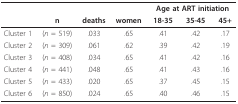
<table><thead><tr><td></td><td></td><td></td><td></td><td colspan="3"><b>Age at ART initiation</b></td></tr><tr><td></td><td><b>n</b></td><td><b>deaths</b></td><td><b>women</b></td><td><b>18-35</b></td><td><b>35-45</b></td><td><b>45+</b></td></tr></thead><tbody><tr><td>Cluster 1</td><td>(<i>n </i>= 519)</td><td>.033</td><td>.65</td><td>.41</td><td>.42</td><td>.17</td></tr><tr><td>Cluster 2</td><td>(<i>n </i>= 309)</td><td>.061</td><td>.62</td><td>.39</td><td>.42</td><td>.19</td></tr><tr><td>Cluster 3</td><td>(<i>n </i>= 408)</td><td>.034</td><td>.65</td><td>.41</td><td>.42</td><td>.16</td></tr><tr><td>Cluster 4</td><td>(<i>n </i>= 441)</td><td>.048</td><td>.65</td><td>.41</td><td>.43</td><td>.16</td></tr><tr><td>Cluster 5</td><td>(<i>n </i>= 433)</td><td>.020</td><td>.65</td><td>.37</td><td>.45</td><td>.15</td></tr><tr><td>Cluster 6</td><td>(<i>n </i>= 850)</td><td>.024</td><td>.65</td><td>.40</td><td>.46</td><td>.15</td></tr></tbody></table>